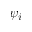
\psi _ { i }